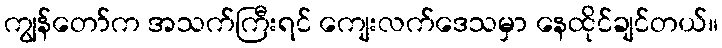
ကျွန်တော်က အသက်ကြီးရင် ကျေးလက်ဒေသမှာ နေထိုင်ချင်တယ်။